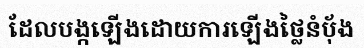
ដែលបង្កឡើងដោយការឡើងថ្លៃនំប៉័ង